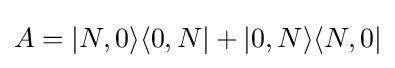
A=|N,0\rangle \langle 0,N|+|0,N\rangle \langle N,0|